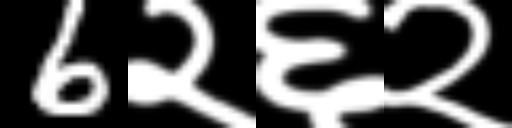
Text: 6२६२